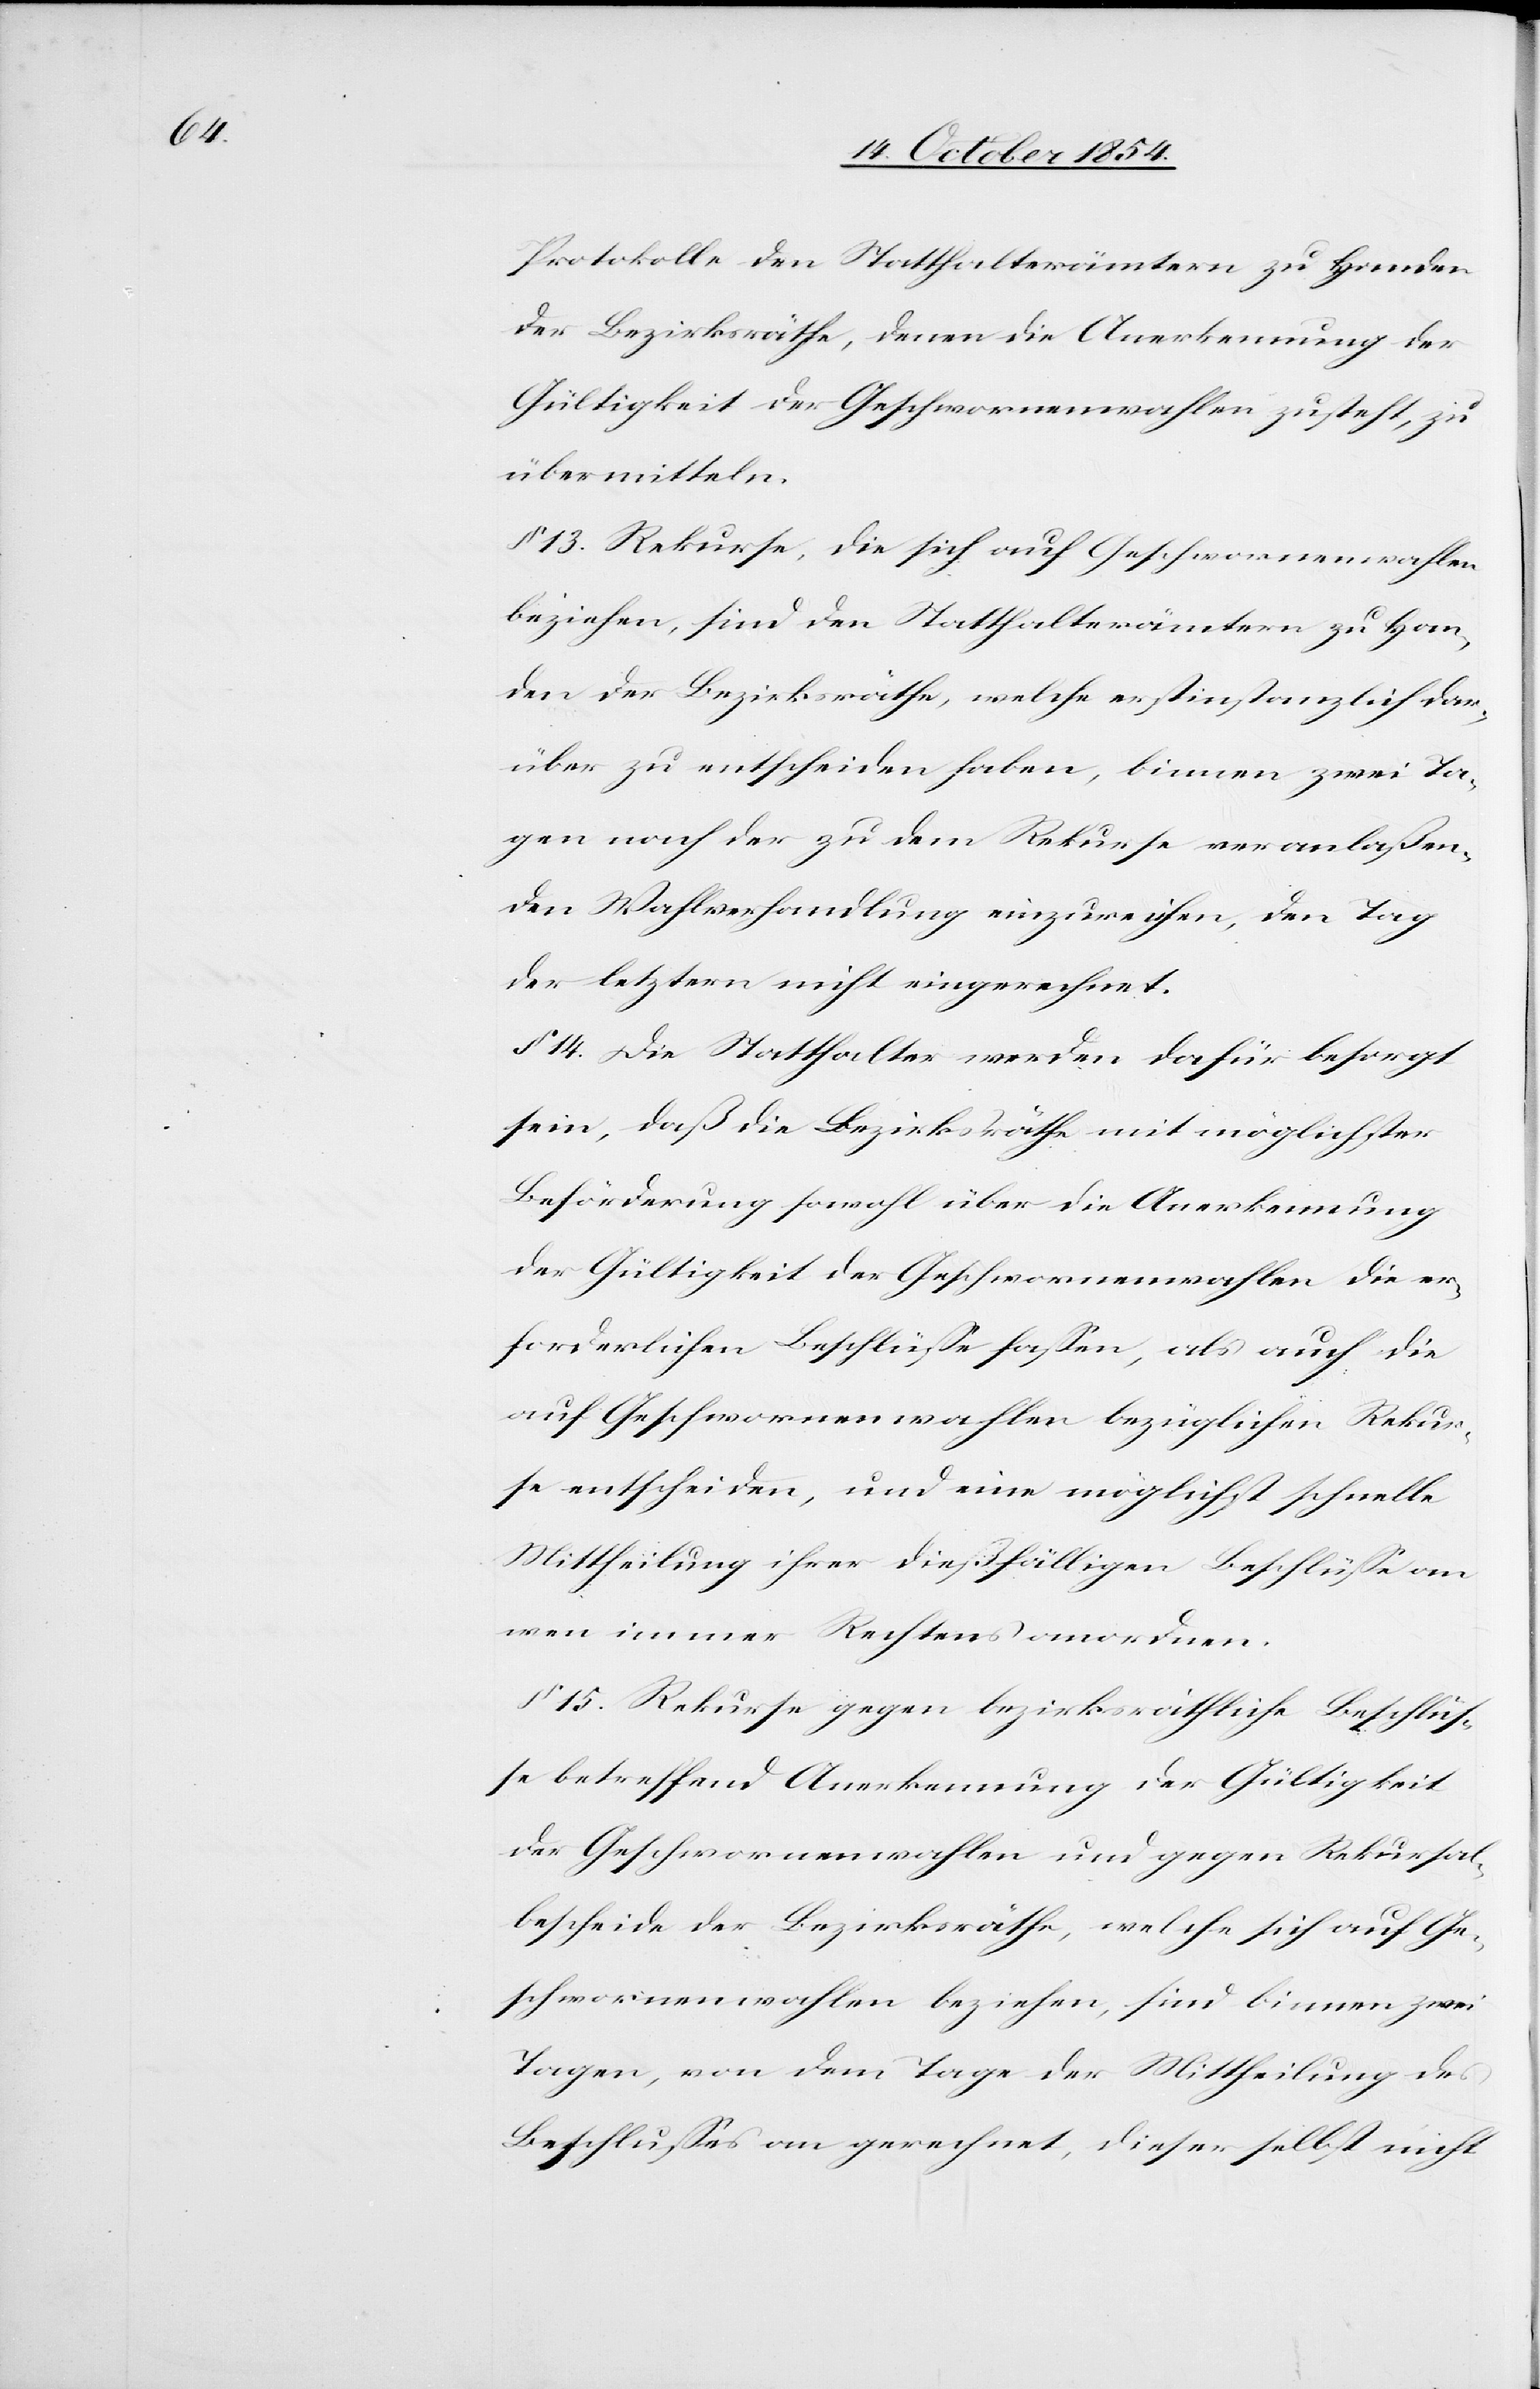
Protokolle den Statthalterämtern zu Handen
der Bezirksräthe, denen die Anerkennung der
Gültigkeit der Geschwornenwahlen zusteht, zu
übermitteln.
§ 13. Rekurse, die sich auf Geschwornenwahlen
beziehen, sind den Statthalterämtern zu Han¬
den der Bezirksräthe, welche erstinstanzlich dar¬
über zu entscheiden haben, binnen zwei Ta¬
gen nach der zu dem Rekurse veranlaßen¬
den Wahverhandlung einzureichen, den Tag
der letztern nicht eingerechnet.
§ 14. Die Statthalter werden dafür besorgt
sein, daß die Bezirksräthe mit möglichster
Beförderung sowohl über die Anerkennung
der Gültigkeit der Geschwornenwahlen die er¬
forderlichen Beschlüße faßen, als auch die
auf Geschwornenwahlen bezüglichen Rekur¬
se entscheiden, und eine möglichst schnelle
Mittheilung ihrer dießfälligen Beschlüße an
wen immer Rechtens anordnen.
§ 15. Rekurse gegen bezirksräthliche Beschlüs¬
se betreffend Anerkennung der Gültigkeit
der Geschwornenwahlen und gegen Rekursal¬
bescheide der Bezirksräthe, welche sich auf Ge¬
schwornenwahlen beziehen, sind binnen zwei
Tagen, von dem Tage der Mittheilung des
Beschlußes an gerechnet, dieser selbst nicht